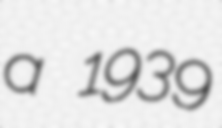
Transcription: a 1939